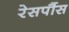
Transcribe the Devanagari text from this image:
रेसपौंस